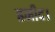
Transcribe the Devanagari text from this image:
हमीद।